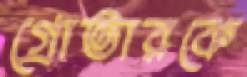
গ্রোভারকে